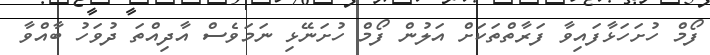
ފޯމް ހުށަހަޅާފައިވާ ފަރާތްތަކަށް އަލުން ފޯމް ހުށަނޭޅި ނަމަވެސް އާދިއްތަ ދުވަހު ބާއްވާ